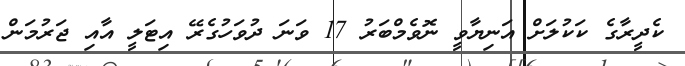
ކެދީރާގެ ކަކުލަށް އަނިޔާވީ ނޮވެމްބަރު 17 ވަނަ ދުވަހުގެރޭ އިޓަލީ އާއި ޖަރުމަން